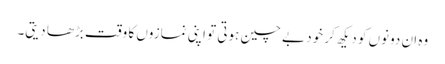
وہ ان دونوں کو دیکھ کر خود بے چین ہوتی تو اپنی نمازوں کا وقت بڑھا دیتی۔